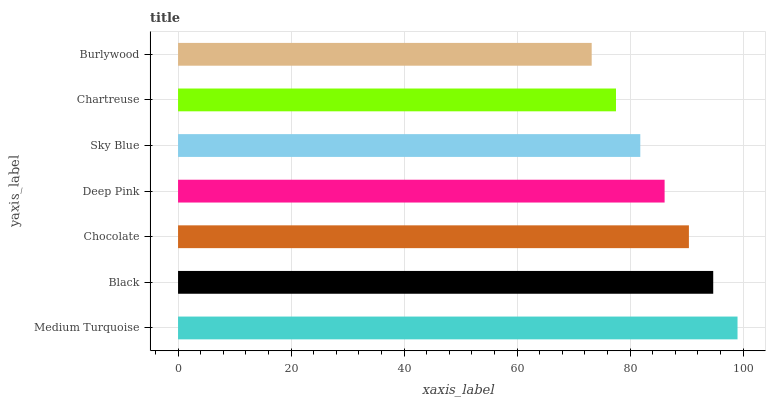
| yaxis_label | bars |
 | --- | --- |
 | Medium Turquoise | 99 |
 | Black | 94.7 |
 | Chocolate | 90.4 |
 | Deep Pink | 86.1 |
 | Sky Blue | 81.8 |
 | Chartreuse | 77.5 |
 | Burlywood | 73.2 |